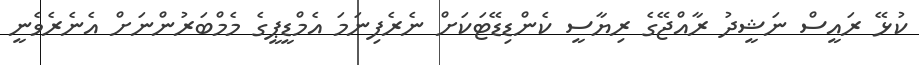
ކުޅޭ ރައީސް ނަޝީދު ރާއްޖޭގެ ރިޔާސީ ކެންޑިޑޭޓަކަށް ނެރެފިނަމަ އެމްޑީޕީގެ މެމްބަރުންނަށް އެނެރެވެނީ